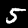
Label: 5